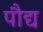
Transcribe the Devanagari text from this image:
पौद्य